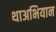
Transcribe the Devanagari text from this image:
थाअभियान